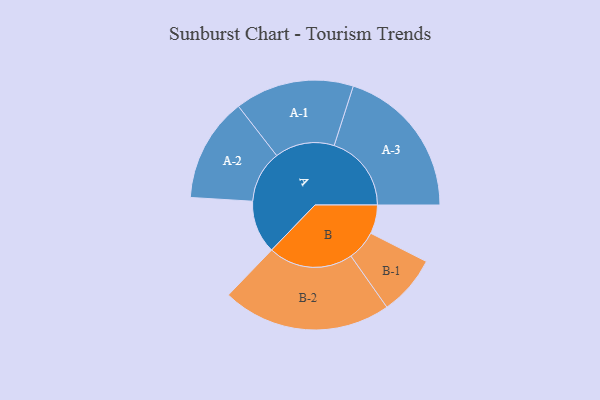
{"axis": {"x": "Segment", "y": "Value"}, "legend": ["", "A", "B"], "data": [{"x": "A", "y": 186, "type": ""}, {"x": "B", "y": 101, "type": ""}, {"x": "A-1", "y": 209, "type": "A"}, {"x": "A-2", "y": 183, "type": "A"}, {"x": "A-3", "y": 271, "type": "A"}, {"x": "B-1", "y": 105, "type": "B"}, {"x": "B-2", "y": 297, "type": "B"}]}